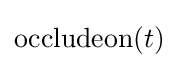
\mathrm {occludeon} (t)